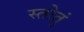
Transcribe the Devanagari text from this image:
स्तोतुं